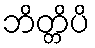
ဘိတ္တိပိ